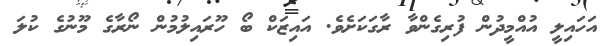
އަހައިލީ އުއްމީދުން ފުރިގެންވާ ރާގަކަށެވެ. އައިޒަކް ބޯ ހޫރައިލުމުން ނޯރާގެ މޫނުގެ ކުލަ